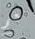
نعم